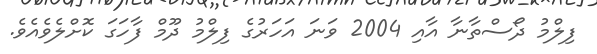
ފިލްމު ދޯސްތާނާ އާއި 2004 ވަނަ އަހަރުގެ ފިލްމު ދޫމް ފާހަގަ ކޮށްލެވެއެވެ.